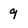
Character: q